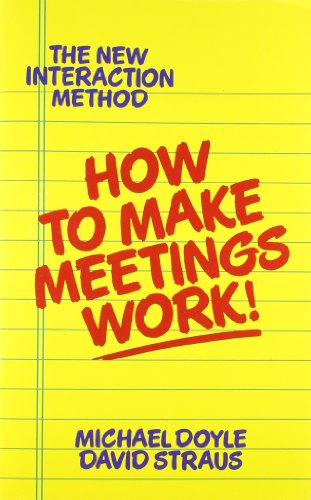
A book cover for How to Make Meetings Work!; Michael Doyle; Business & Money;